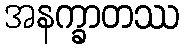
အနက္ခာတဿ